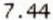
7.44